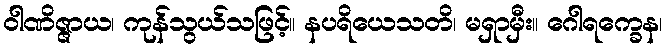
ဝါဏိဇ္ဇာယ၊ ကုန်သွယ်သဖြင့်။ နပရိယေသတိ၊ မရှာမှီး။ ဂေါရက္ခေန၊